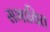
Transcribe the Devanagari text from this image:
सभावित